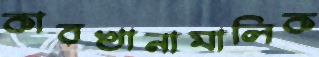
কারখানামালিক